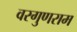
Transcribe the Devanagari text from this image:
वरगुणराम